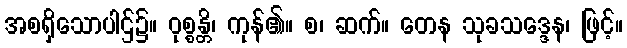
အစရှိသောပါဌ်၌။ ဝုစ္စန္တိ၊ ကုန်၏။ စ၊ ဆက်။ တေန သုခသဒ္ဒေန၊ ဖြင့်။